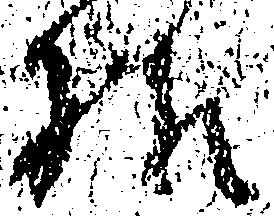
様